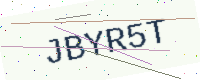
Text: JBYR5T